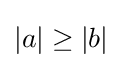
\left|a\right|\geq \left|b\right|